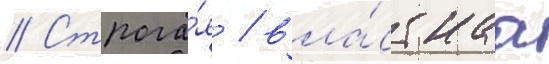
// Строга́я / вла́стнаа